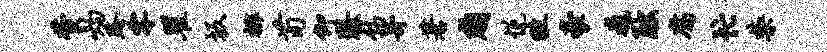
萱灼跨零瞿坂排荀仰臻勃哥蓍贱悦畦豪巍黜腐忙禁